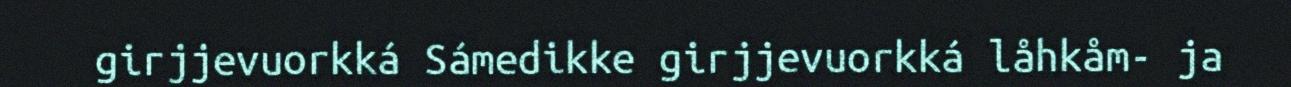
girjjevuorkká Sámedikke girjjevuorkká låhkåm- ja